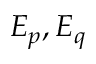
E _ { p } , E _ { q }